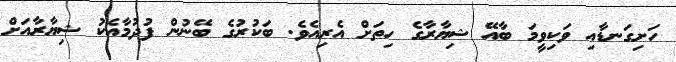
ހަށިގަނޑާއި ވަކިވީމަ ބާއޭ ޝިޔާރާގެ ހިތަށް އެރިއެވެ. ބަކުރުގެ ބޭނުން ފުދުމާއެކު ޝިޔާރާއަށް